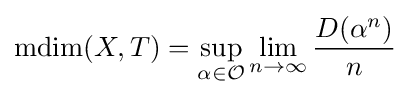
\operatorname {mdim} (X,T)=\sup _{\alpha \in {\mathcal {\mathcal {O}}}}\lim _{n\rightarrow \infty }{\frac {D(\alpha ^{n})}{n}}